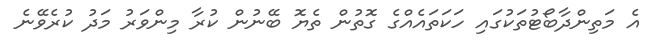
އެ މަތިންދާބޯޓުތަކުގައި ހަކަތައެއްގެ ގޮތުން ތެޔޮ ބޭނުން ކުރާ މިންވަރު މަދު ކުރެވޭނެ